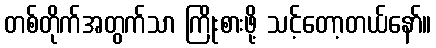
တစ်တိုက်အတွက်သာ ကြိုးစားဖို့ သင့်တော့တယ်နော်။